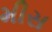
મીસ